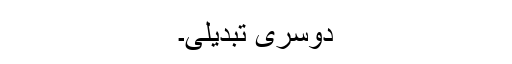
دوسری تبدیلی۔